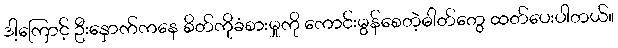
ဒါ့ကြောင့် ဦးနှောက်ကနေ စိတ်ကိုခံစားမှုကို ကောင်းမွန်စေတဲ့ဓါတ်တွေ ထတ်ပေးပါတယ်။